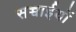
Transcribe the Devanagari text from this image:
सच्चाईयों